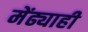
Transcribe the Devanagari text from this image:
मेंढ्याही